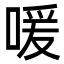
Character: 喛